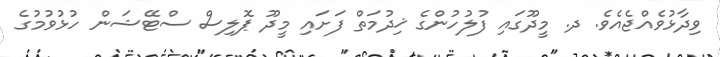
ވިދާޅުވެއްޖެއެވެ. ދ. މީދޫގައި ފުލުހުންގެ ޚިދުމަތް ފަށައި މީދޫ ޕޮލިސް ސްޓޭޝަން ހުޅުވުމުގެ